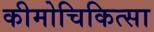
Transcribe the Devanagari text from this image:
कीमोचिकित्सा